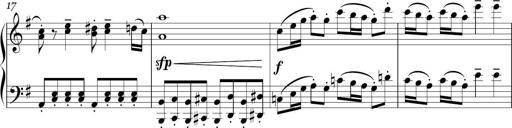
Title: Sonatina in E minor
Composer: Shuwen Zhang
Key: E minor